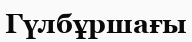
Гүлбұршағы